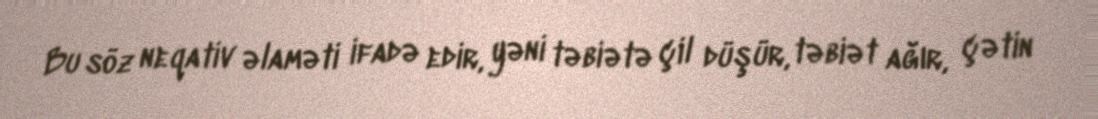
Bu söz neqativ əlaməti ifadə edir, yəni təbiətə çil düşür, təbiət ağır, çətin